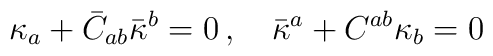
\kappa_a +\bar C_{ab}\bar\kappa^b =0 \, ,\quad\bar\kappa^a + C^{ab}\kappa_b=0